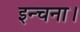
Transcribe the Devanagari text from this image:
इन्चना।